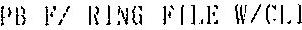
PB F/ RING FILE W/CLI